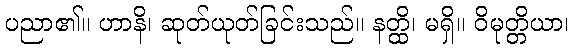
ပညာ၏။ ဟာနိ၊ ဆုတ်ယုတ်ခြင်းသည်။ နတ္ထိ၊ မရှိ။ ဝိမုတ္တိယာ၊